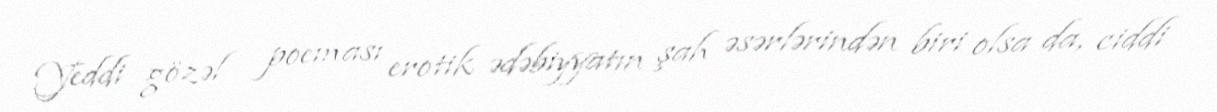
Yeddi gözəl poeması erotik ədəbiyyatın şah əsərlərindən biri olsa da, ciddi